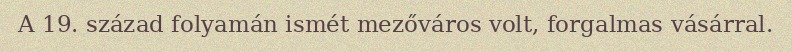
A 19. század folyamán ismét mezőváros volt, forgalmas vásárral.